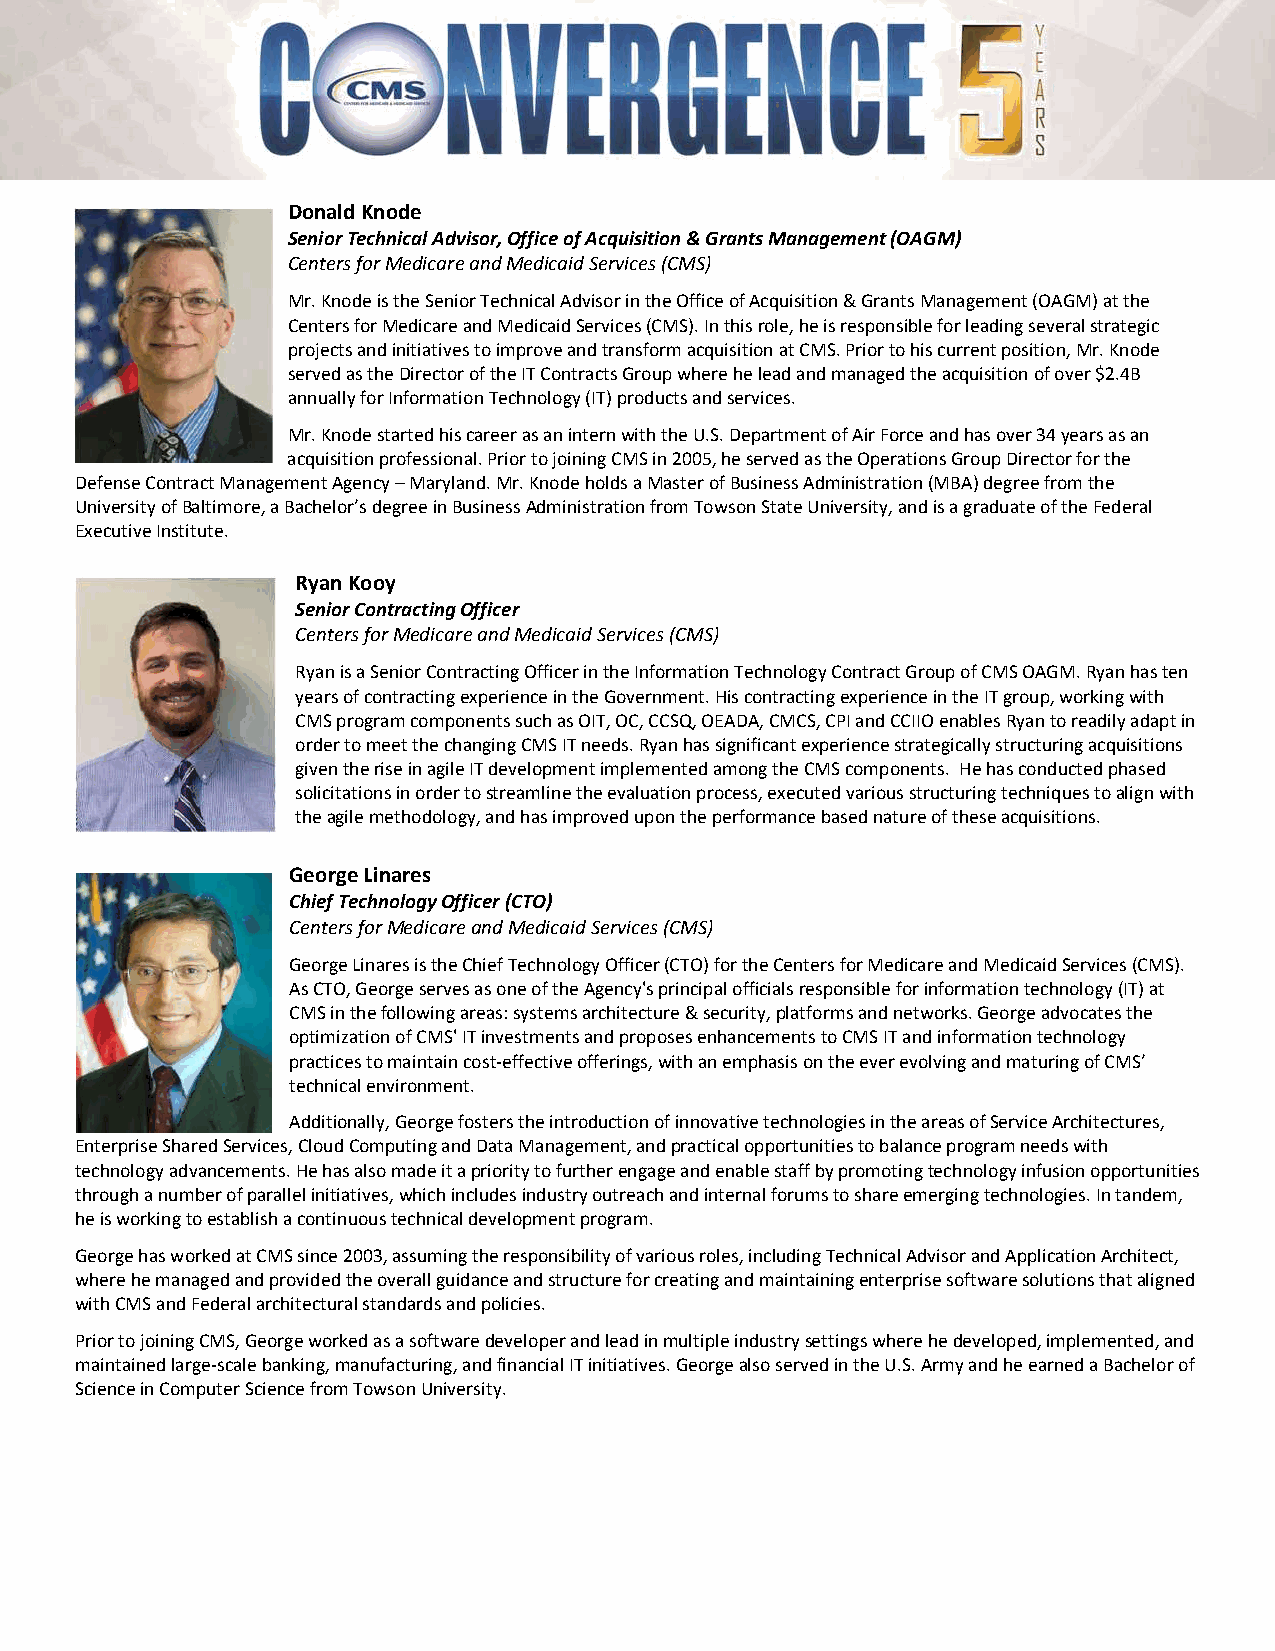
Donald Knode
 Senior Technical Advisor, Office of Acquisition & Grants Management (OAGM)
 Centers for Medicare and Medicaid Services (CMS)
 Mr. Knode is the Senior Technical Advisor in the Office of Acquisition & Grants Management (OAGM) at the
 Centers for Medicare and Medicaid Services (CMS). In this role, he is responsible for leading several strategic
 projects and initiatives to improve and transform acquisition at CMS. Prior to his current position, Mr. Knode
 served as the Director of the IT Contracts Group where he lead and managed the acquisition of over $2.4B
 annually for Information Technology (IT) products and services.
 Mr. Knode started his career as an intern with the U.S. Department of Air Force and has over 34 years as an
 acquisition professional. Prior to joining CMS in 2005, he served as the Operations Group Director for the
 Defense Contract Management Agency – Maryland. Mr. Knode holds a Master of Business Administration (MBA) degree from the
 University of Baltimore, a Bachelor’s degree in Business Administration from Towson State University, and is a graduate of the Federal
 Executive Institute.
 Ryan Kooy
 Senior Contracting Officer
 Centers for Medicare and Medicaid Services (CMS)
 Ryan is a Senior Contracting Officer in the Information Technology Contract Group of CMS OAGM. Ryan has ten
 years of contracting experience in the Government. His contracting experience in the IT group, working with
 CMS program components such as OIT, OC, CCSQ, OEADA, CMCS, CPI and CCIIO enables Ryan to readily adapt in
 order to meet the changing CMS IT needs. Ryan has significant experience strategically structuring acquisitions
 given the rise in agile IT development implemented among the CMS components. He has conducted phased
 solicitations in order to streamline the evaluation process, executed various structuring techniques to align with
 the agile methodology, and has improved upon the performance based nature of these acquisitions.
 George Linares
 Chief Technology Officer (CTO)
 Centers for Medicare and Medicaid Services (CMS)
 George Linares is the Chief Technology Officer (CTO) for the Centers for Medicare and Medicaid Services (CMS).
 As CTO, George serves as one of the Agency's principal officials responsible for information technology (IT) at
 CMS in the following areas: systems architecture & security, platforms and networks. George advocates the
 optimization of CMS' IT investments and proposes enhancements to CMS IT and information technology
 practices to maintain cost‐effective offerings, with an emphasis on the ever evolving and maturing of CMS’
 technical environment.
 Additionally, George fosters the introduction of innovative technologies in the areas of Service Architectures,
 Enterprise Shared Services, Cloud Computing and Data Management, and practical opportunities to balance program needs with
 technology advancements. He has also made it a priority to further engage and enable staff by promoting technology infusion opportunities
 through a number of parallel initiatives, which includes industry outreach and internal forums to share emerging technologies. In tandem,
 he is working to establish a continuous technical development program.
 George has worked at CMS since 2003, assuming the responsibility of various roles, including Technical Advisor and Application Architect,
 where he managed and provided the overall guidance and structure for creating and maintaining enterprise software solutions that aligned
 with CMS and Federal architectural standards and policies.
 Prior to joining CMS, George worked as a software developer and lead in multiple industry settings where he developed, implemented, and
 maintained large‐scale banking, manufacturing, and financial IT initiatives. George also served in the U.S. Army and he earned a Bachelor of
 Science in Computer Science from Towson University.